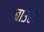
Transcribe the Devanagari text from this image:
बाउस